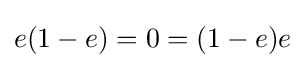
e(1-e)=0=(1-e)e